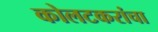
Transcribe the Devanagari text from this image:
कोलटकरांचा